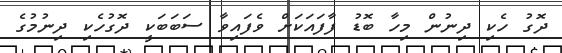
ދޮގު ހެކި ދިނުން މިހާ ބޮޑު ފާފައަކަށް ވެފައިވާ ސަބަބަކީ ދޮގުހެކި ދިނުމުގެ